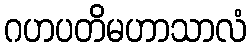
ဂဟပတိမဟာသာလံ